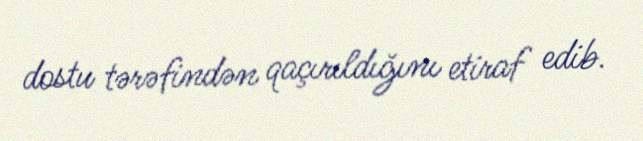
dostu tərəfindən qaçırıldığını etiraf edib.